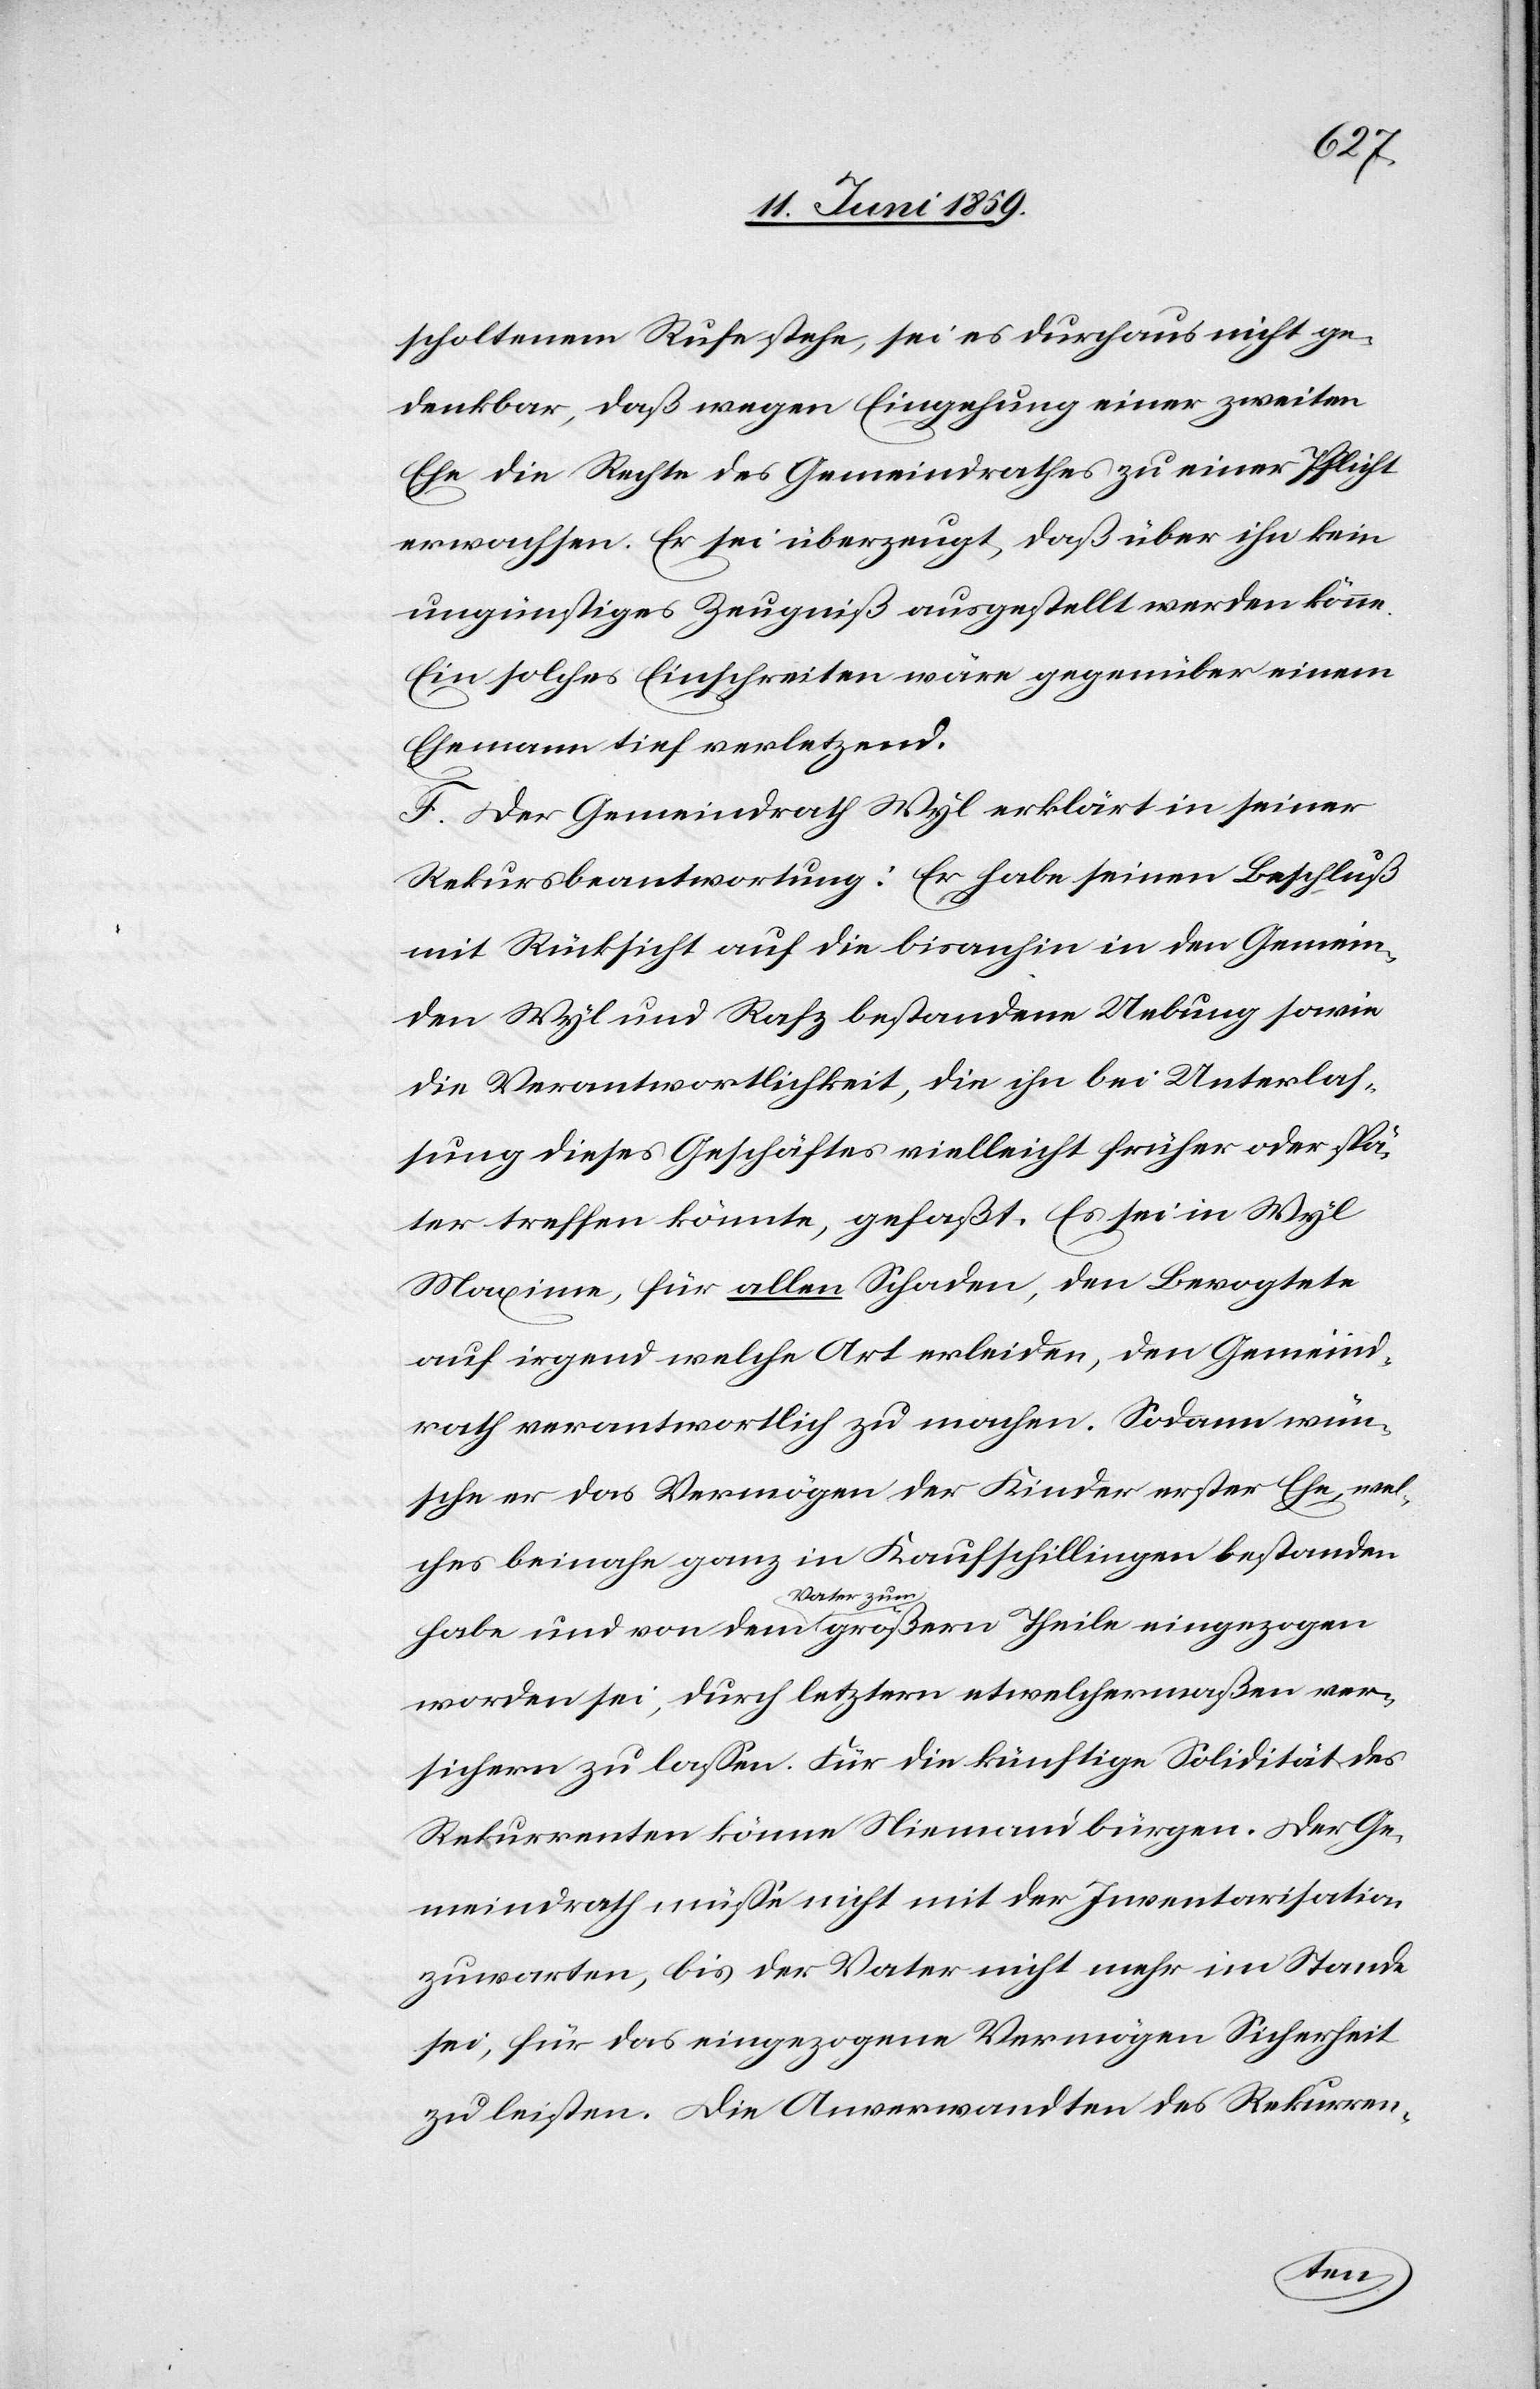
scholtenem Rufe stehe, sei es durchaus nicht ge¬
denkbar, daß wegen Eingehung einer zweiten
Ehe die Rechte des Gemeindrathes zu einer Pflicht
erwachsen. Er sei überzeugt, daß über ihn kein
ungünstiges Zeugniß ausgestellt werden könne.
Ein solches Einschreiten wäre gegenüber einem
Ehemann tief verletzend.
F. Der Gemeindrath Wyl erklärt in seiner
Rekursbeantwortung: Er habe seinen Beschluß
mit Rücksicht auf die bisanhin in den Gemein¬
den Wyl und Rafz bestandene Uebung sowie
die Verantwortlichkeit, die ihn bei Unterlas¬
sung dieses Geschäftes vielleicht früher oder spä¬
ter treffen könnte, gefaßt. Es sei in Wyl
Maxime, für allen Schaden, den Bevogtete
auf irgend welche Art erleiden, den Gemeind¬
rath verantwortlich zu machen. Sodann wün¬
sche er das Vermögen der Kinder erster Ehe, wel¬
ches beinahe ganz in Kaufschillingen bestanden
Vater zum
worden sei, durch letztern etwelchermaßen ver¬
sichern zu lassen. Für die künftige Solidität des
Rekurrenten könne Niemand bürgen. Der Ge¬
meindrath müsse nicht mit der Inventarisation
zuwarten, bis der Vater nicht mehr im Stande
sei, für das eingezogene Vermögen Sicherheit
zu leisten. Die Anverwandten des Rekurren-
dem